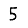
Digit: 5